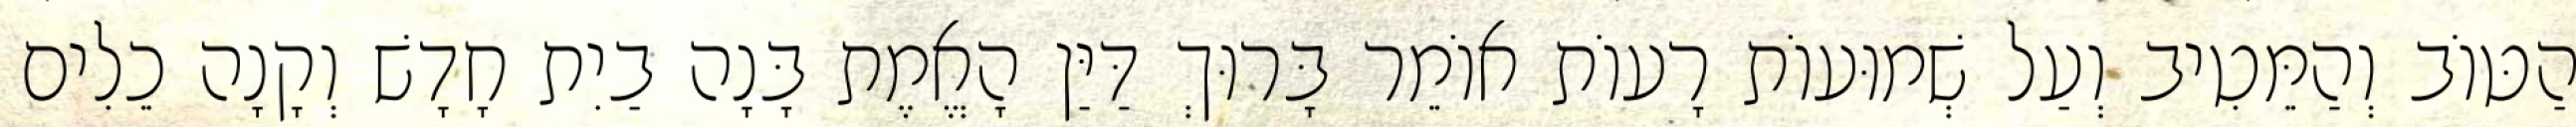
הַטּוֹב וְהַמֵּטִיב וְעַל שְׁמוּעוֹת רָעוֹת אוֹמֵר בָּרוּךְ דַּיַּן הָאֱמֶת בָּנָה בַיִת חָדָשׁ וְקָנָה כֵלִים